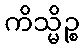
ကိသ္မိဉ္စ